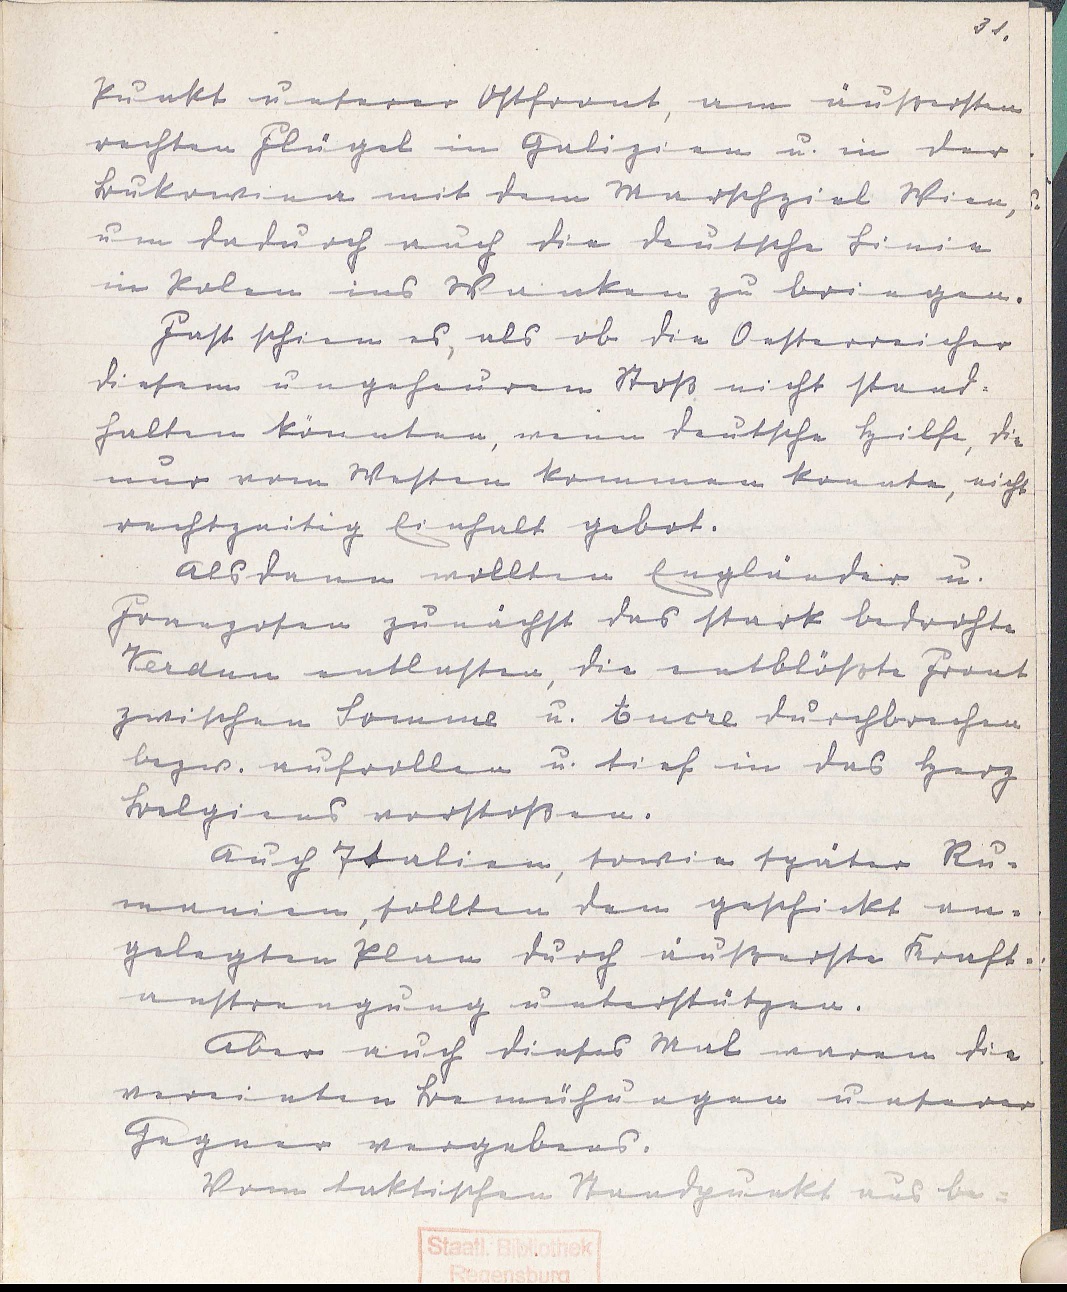
31.
Punkt unserer Ostfront, am äußersten
rechten Flügel in Galizien u. in der
Bukowina mit dem Marschziel Wien,
um dadruch auch die deutsche Linie
in Polen ins Wanken zu bringen.
Fast schien es, als ob die Oesterreicher
diesem ungeheuren Stoß nicht stand
halten könnten, wenn deutsche Hilfe, die
nur vom Westen kommen konnte, nicht
rechtzeitig Einhalt gebot.
Als dann wollten Engländer u.
Franzosen zunächst das stark bedrohte
Verdun entlasten, die entblößte Front
zwischen Somme u. Ancre durchbrechen
bezw. aufrollen u. tief in das Herz
Belgiens vorstoßen.
Auch Italien, sowie später Ru¬
manien, sollten dem geschickt an¬
gelegten Plan durch äußerste Kraft¬
anstrengung unterstützen.
Aber auch dieses Mal waren die
vereinten Bemühungen unserer
Gegner vergebens.
Vom taktischen Standpunkt aus be¬